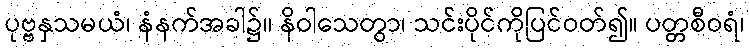
ပုဗ္ဗနှသမယံ၊ နံနက်အခါ၌။ နိဝါသေတွာ၊ သင်းပိုင်ကိုပြင်ဝတ်၍။ ပတ္တစီဝရံ၊